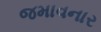
જમાવનાર